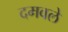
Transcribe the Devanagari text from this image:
दमवले